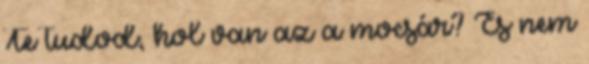
Te tudod, hol van az a mocsár? És nem